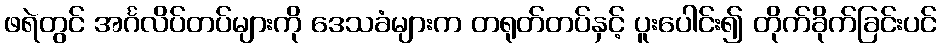
ဖရဲတွင် အင်္ဂလိပ်တပ်များကို ဒေသခံများက တရုတ်တပ်နှင့် ပူးပေါင်း၍ တိုက်ခိုက်ခြင်းပင်